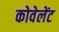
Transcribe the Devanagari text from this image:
कोवेलेंट